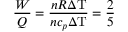
{ \frac { W } { Q } } = { \frac { n R \Delta \mathrm { T } } { n c _ { p } \Delta \mathrm { T } } } = { \frac { 2 } { 5 } }